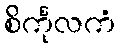
စိင်္ကုလကံ